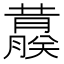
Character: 𬟀